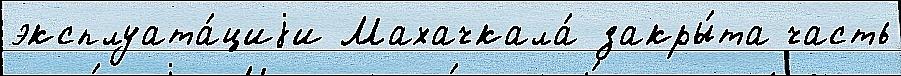
эксплуата́циjи Махачкала́ закры́та часть